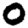
Digit: 0